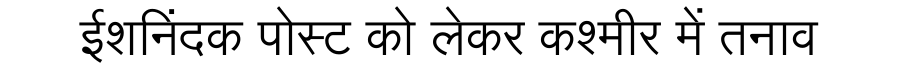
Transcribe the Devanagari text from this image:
ईशनिंदक पोस्ट को लेकर कश्मीर में तनाव